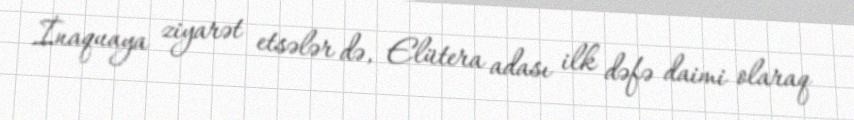
İnaquaya ziyarət etsələr də, Elütera adası ilk dəfə daimi olaraq